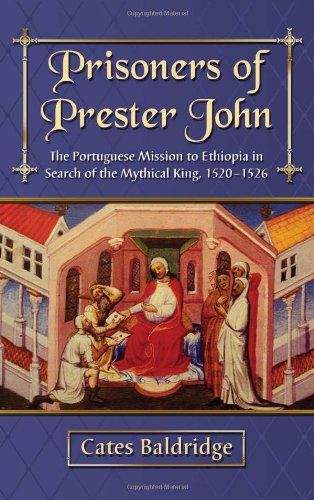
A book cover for Prisoners of Prester John: The Portuguese Mission to Ethiopia in Search of the Mythical King, 1520-1526; Cates Baldridge; Travel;